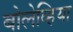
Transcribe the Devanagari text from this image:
बोलेव्हिया